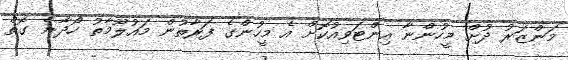
މަންޒަރު ދުށް މީހުންނާ އިންޓަވިއުކޮށް އެ މީހުންގެ ފަރާތުން މައުލޫމާތު ހޯދާނެ ގޮތް